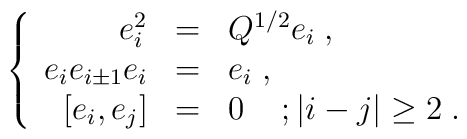
\left \{ \begin{array}{rcl}     e_{i}^{2}&=&Q^{1/2}e_{i}\;,\\               e_{i}e_{i\pm 1}e_{i}&=&e_{i}\;,\\                 \,[e_{i},e_{j}]&=&0\;\;\;\; ; |i-j|\geq 2 \;.    \end{array} \right.